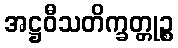
အဋ္ဌဝီသတိက္ခတ္တုဉ္စ